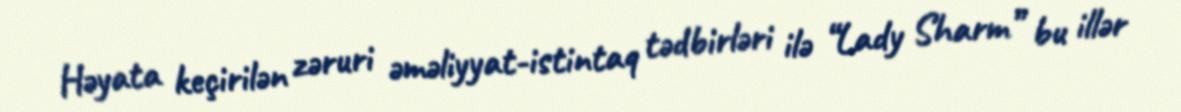
Həyata keçirilən zəruri əməliyyat-istintaq tədbirləri ilə “Lady Sharm” bu illər